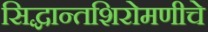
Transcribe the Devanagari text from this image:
सिद्धान्तशिरोमणीचे